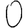
Digit: 0